Vaccination in the Punjab 1897-1904 - 1897-1904
Year: 1897
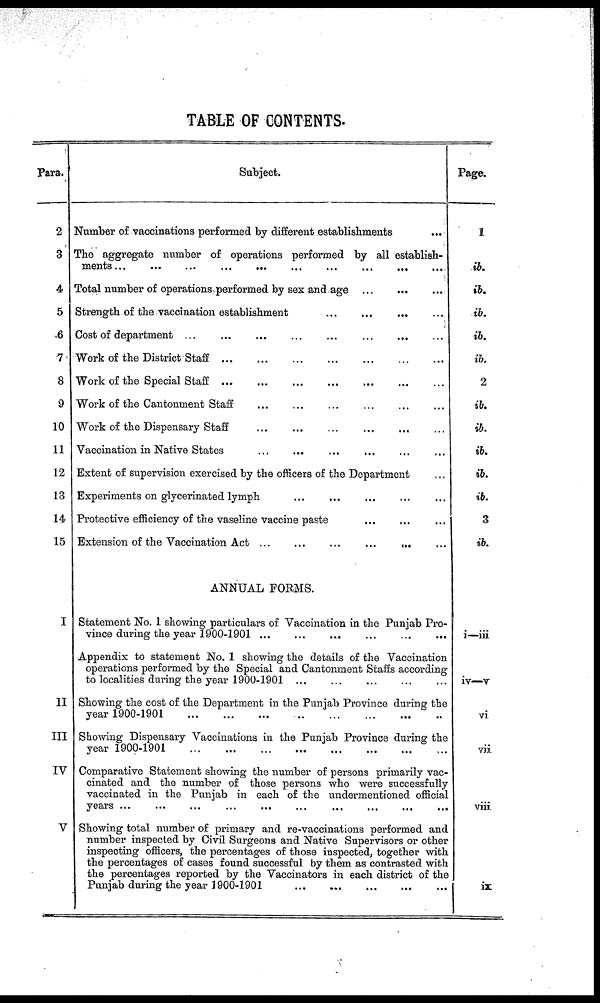
TABLE OF CONTENTS.
Para.
2
3
4
5
6
7
8
9
10
11
12
13
14
15
I
II
III
IV
V
Subject.
Number of vaccinations performed by different establishments
...
The aggregate number of operations performed by all establish-
ments
...
...
...
...
...
...
...
...
...
...
Total number of operations performed by sex and age
...
...
...
Strength of the vaccination establishment
...
...
...
...
...
Cost of department ... ... ... ... ... ... ... ... ... ...
Work of the District Staff ... ... ... ... ... ... ... ... ... ...
Work of the Special Staff ... ... ... ... ... ... ... ... ... ...
Work of the Cantonment Staff ... ... ... ... ... ... ... ... ... ...
Work of the Dispensary Staff ... ... ... ... ... ... ... ... ... ...
Vaccination in Native States ... ... ... ... ... ... ... ... ... ...
Extent of supervision exercised by the officers of the Department
Experiments on glycerinated lymph ... ... ... ... ...
Protective efficiency of the vaseline vaccine paste ... ... ...
Extension of the Vaccination Act
...
...
...
...
...
...
ANNUAL FORMS.
Statement No. 1 showing particulars of Vaccination in the Punjab Pro-
vince during the year 1900-1901 ... ... ... ... ... ... ...
Appendix to statement No. 1 showing the details of the Vaccination
operations performed by the Special and Cantonment Staffs according
to localities during the year 1900-1901 ... ... ... ... ...
Showing the cost of the Department in the Punjab Province during the
year 1900-1901
...
...
...
...
...
...
...
...
...
...
Showing Dispensary Vaccinations in the Punjab Province during the
year 1900-1901
...
...
...
...
...
...
...
...
...
...
Comparative Statement showing the number of persons primarily vac-
cinated and the number of those persons who were successfully
vaccinated in the Punjab in each of the undermentioned official
years
...
...
...
...
...
...
...
...
...
...
Showing total number of primary and re-vaccinations performed and
number inspected by Civil Surgeons and Native Supervisors or other
inspecting officers, the percentages of those inspected, together with
the percentages of cases found successful by them as contrasted with
the percentages reported by the Vaccinators in each district of the
Punjab during the year 1900-1901 ... ... ... ... ... ... ... ... ... ...
Page.
1
ib.
ib.
ib.
ib.
ib.
2
ib.
ib.
ib.
ib.
ib.
3
ib.
i—iii
iv—v
vi
vii
viii
ix